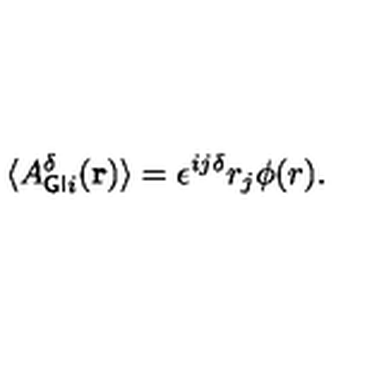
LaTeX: { \langle } A _ { { \sf G I } i } ^ { \delta } ( { \bf { r } } ) \rangle = { \epsilon } ^ { i j { \delta } } r _ { j } { \phi } ( r ) .